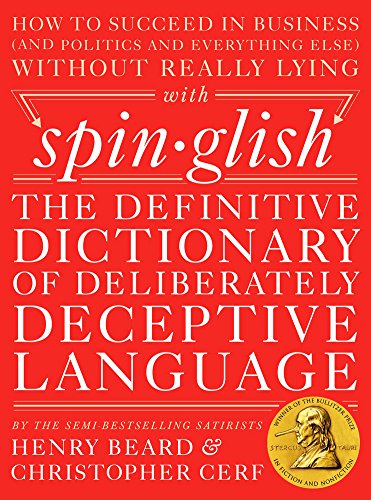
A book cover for Spinglish: The Definitive Dictionary of Deliberately Deceptive Language; Henry Beard; Humor & Entertainment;